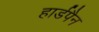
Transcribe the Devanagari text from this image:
हार्डपैन